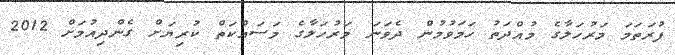
ފުރަތަމަ މަރުހަލާގެ މުއްދަތު ހަމަވުމުން ދެވަނަ މަރުހަލާގެ މަސައްކަތް ކުރިޔަށް ގެންދިއުމަށް 2012